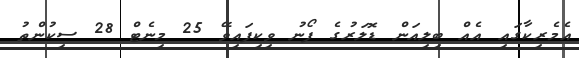
އެމެރިކާގައި އެއް ބިލިއަން ޑޮލަރުގެ ފޯނު ވިކިފައިވޭ 25 މިނެޓް 28 ސިކުންތު